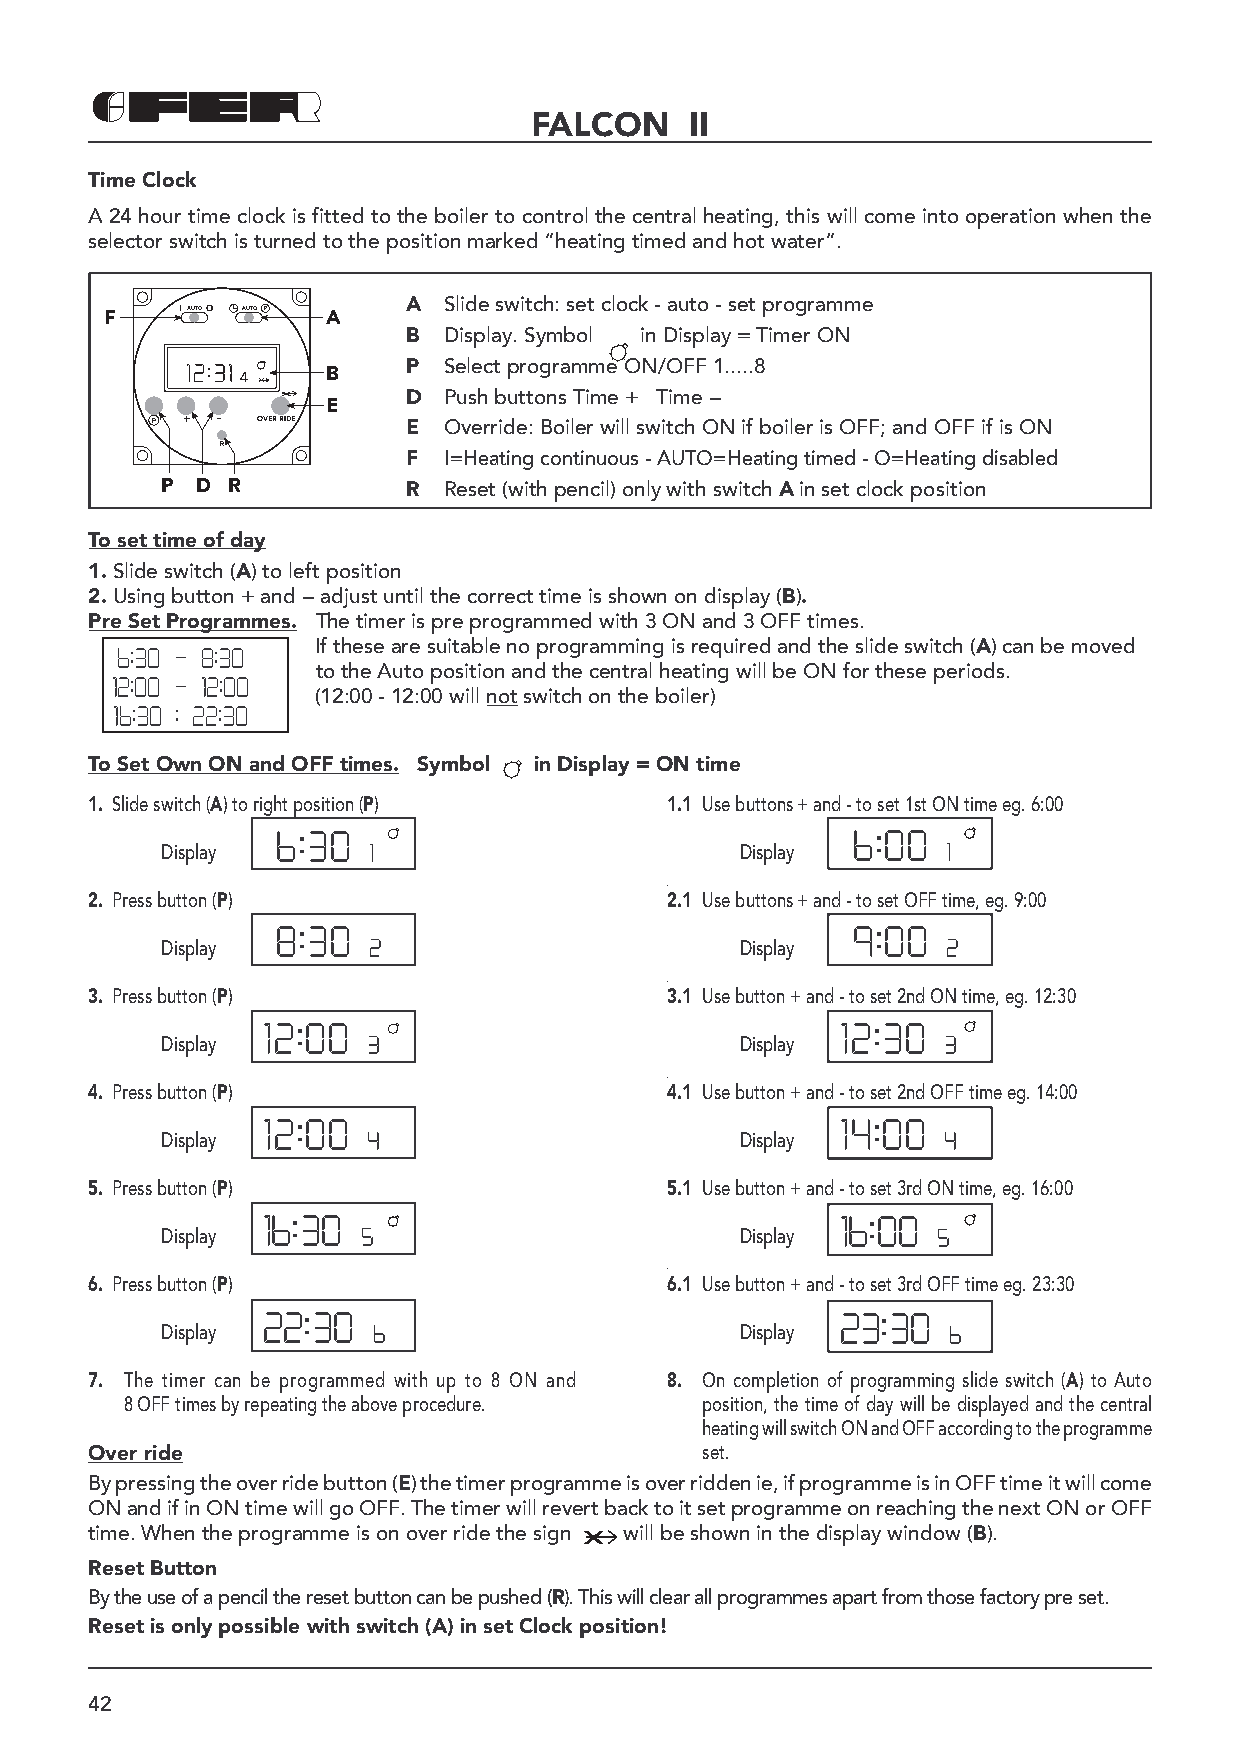
FALCON     II
 Time Clock
 A 24 hour time clock is fitted to the boiler to control the central heating, this will come into operation when the
 selector switch is turned to the position marked “heating timed and hot water”.
 A Slide switch: set clock - auto - set programme
 F    IAUTOO AUTO P A
 B Display. Symbol in Display = Timer ON
 P Select programme ON/OFF 1.....8
 4 x   B
 x       D Push buttons Time + Time -
 E
 P + -  OVER RIDE E Override: Boiler will switch ON if boiler is OFF; and OFF if is ON
 R
 F I=Heating continuous - AUTO=Heating timed - O=Heating disabled
 P D R           R Reset (with pencil) only with switch A in set clock position
 To set time of day
 1. Slide switch (A) to left position
 2. Using button + and - adjust until the correct time is shown on display (B).
 Pre Set Programmes. The timer is pre programmed with 3 ON and 3 OFF times.
 If these are suitable no programming is required and the slide switch (A) can be moved
 6:30 - 8:30
 to the Auto position and the central heating will be ON for these periods.
 12:00 - 12:00 (12:00 - 12:00 will not switch on the boiler)
 16:30 : 22:30
 To Set Own ON and OFF times. Symbol in Display = ON time
 1. Slide switch (A) to right position (P) 1.1 Use buttons + and - to set 1st ON time eg. 6:00
 6:30                                  6:00
 Display      1                        Display       1
 2. Press button (P)                   2.1 Use buttons + and - to set OFF time, eg. 9:00
 8:30                                  9:00
 Display      2                        Display       2
 3. Press button (P)                   3.1 Use button + and - to set 2nd ON time, eg. 12:30
 12:00                                  12:30
 Display      3                        Display      3
 4. Press button (P)                   4.1 Use button + and - to set 2nd OFF time eg. 14:00
 Display 12:00 4                       Display 14:00 4
 5. Press button (P)                   5.1 Use button + and - to set 3rd ON time, eg. 16:00
 Display 16:30 5                       Display 16:00 5
 6. Press button (P)                   6.1 Use button + and - to set 3rd OFF time eg. 23:30
 Display 22:30 6                       Display 23:30 6
 7. The timer can be programmed with up to 8 ON and 8. On completion of programming slide switch (A) to Auto
 8 OFF times by repeating the above procedure. position, the time of day will be displayed and the central
 heating will switch ON and OFF according to the programme
 Over ride                               set.
 By pressing the over ride button (E) the timer programme is over ridden ie, if programme is in OFF time it will come
 ON and if in ON time will go OFF. The timer will revert back to it set programme on reaching the next ON or OFF
 time. When the programme is on over ride the sign will be shown in the display window (B).
 Reset Button
 By the use of a pencil the reset button can be pushed (R). This will clear all programmes apart from those factory pre set.
 Reset is only possible with switch (A) in set Clock position!
 42